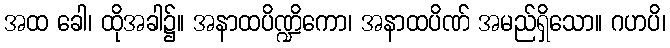
အထ ခေါ၊ ထိုအခါ၌။ အနာထပိဏ္ဍိကော၊ အနာထပိဏ် အမည်ရှိသော။ ဂဟပိ၊